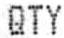
QTY